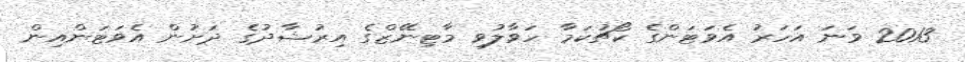
2013 ވަނަ އަހަރު އެވަޓަންގެ ކޯޗުކަމާ ހަވާލުވި މާޓިނޭޒްގެ އިރުޝާދުގެ ދަށުން އެވަޓަންއިން